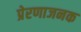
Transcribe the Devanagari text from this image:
प्रेरणाजनक